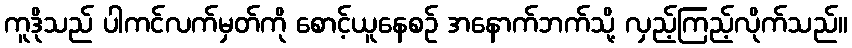
ကူဒိုသည် ပါကင်လက်မှတ်ကို စောင့်ယူနေစဉ် အနောက်ဘက်သို့ လှည့်ကြည့်လိုက်သည်။